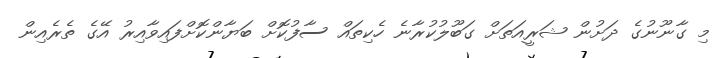
މި ގާނޫނުގެ ދަށުން ޝަރީއަތަށް ގަބޫލުކުރާނެ ހެކިތައް ސާފުކޮށް ބަޔާންކޮށްފައިވާއިރު އޭގެ ތެރެއިން